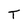
Character: T